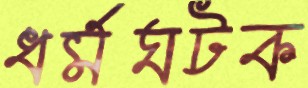
ধর্মঘটক